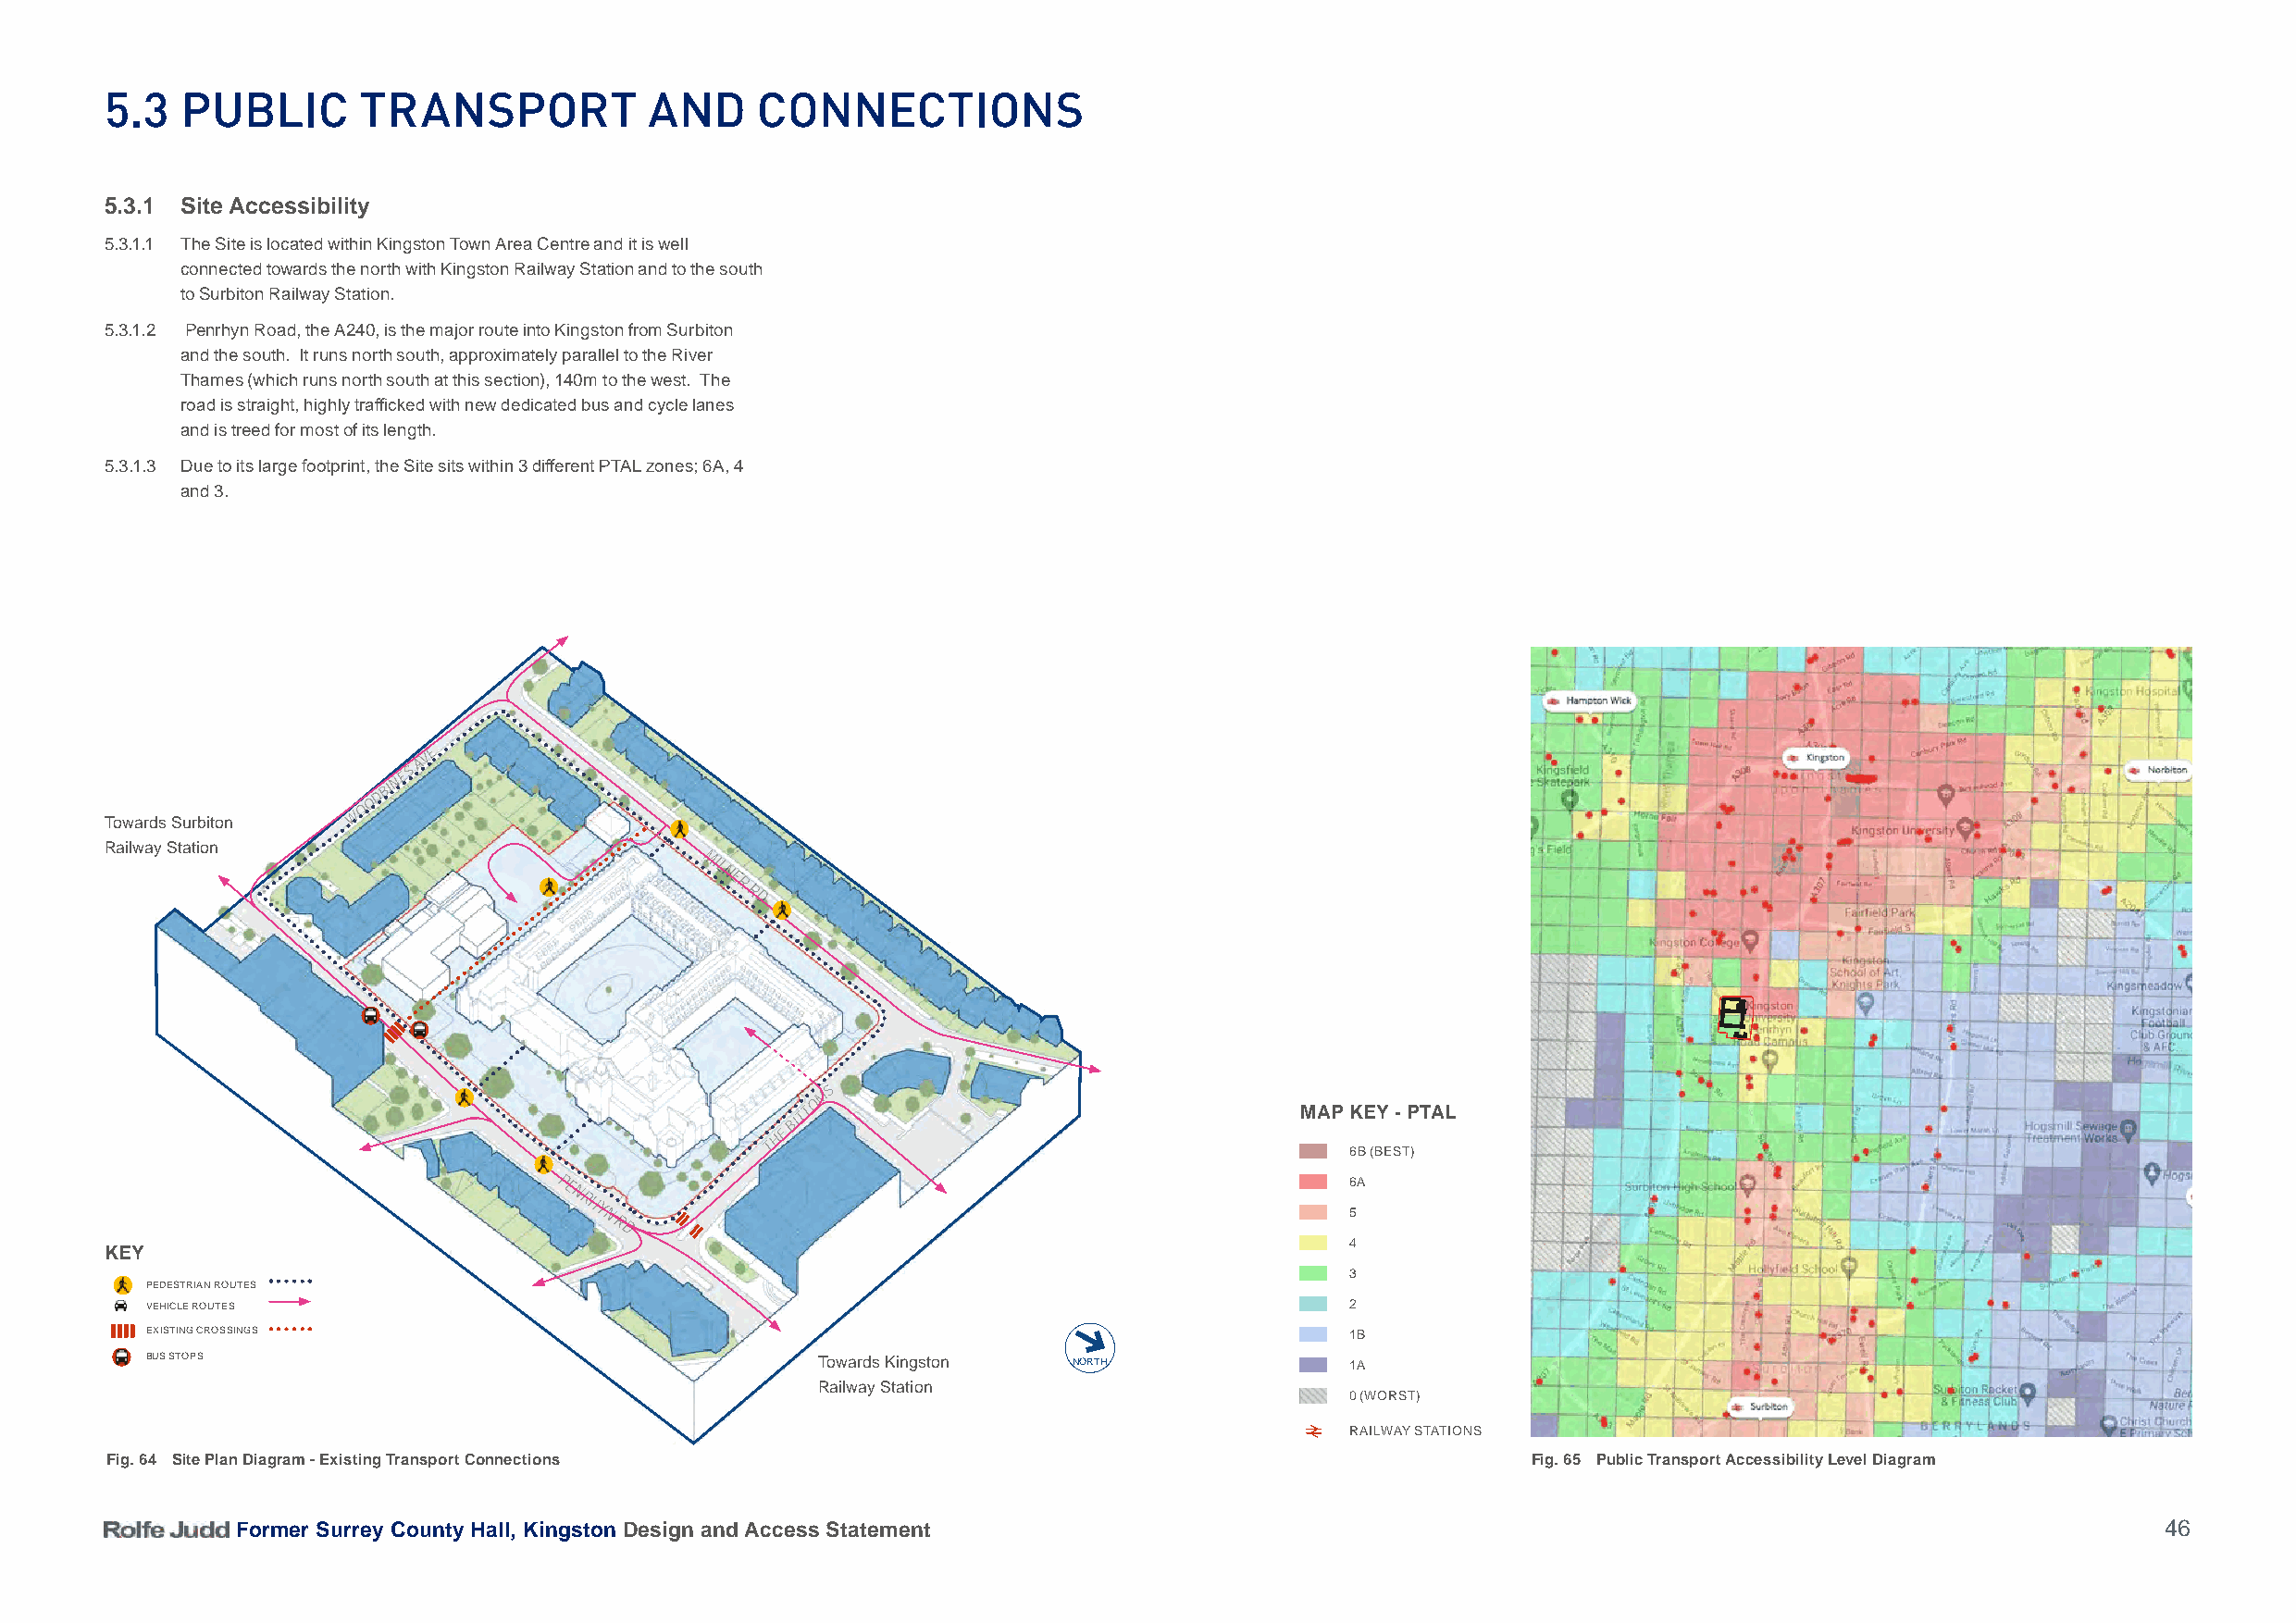
5.3   PuBliC       tranSPort           anD     ConneCtionS
 5.3.1 Site Accessibility
 5.3.1.1 The Site is located within Kingston Town Area Centre and it is well
 connected towards the north with Kingston Railway Station and to the south
 to Surbiton Railway Station.
 5.3.1.2 Penrhyn Road, the A240, is the major route into Kingston from Surbiton
 and the south. It runs north south, approximately parallel to the River
 Thames (which runs north south at this section), 140m to the west. The
 road is straight, highly trafficked with new dedicated bus and cycle lanes
 and is treed for most of its length.
 5.3.1.3 Due to its large footprint, the Site sits within 3 different PTAL zones; 6A, 4
 and 3.
 ES
 AVE
 N
 BI
 D
 O
 O
 W
 Towards Surbiton
 Railway Station
 MIL
 NE
 R
 R
 D
 S
 M
 O
 BITT                                 MAP KEY - PTAL
 E
 H
 T
 6B (BEST)
 PEN                                                      6A
 RHYN
 RD
 5
 4
 KEY
 3
 PEDESTRIAN ROUTES
 VEHICLE ROUTES                                                                         2
 EXISTING CROSSINGS                                                                     1B
 BUS STOPS                                       Towards Kingston   NORTH               1A
 Railway Station
 0 (WORST)
 RAILWAY STATIONS
 Fig. 64 Site Plan Diagram - Existing Transport Connections                                            Fig. 65 Public Transport Accessibility Level Diagram
 Former Surrey County Hall, Kingston Design and Access Statement                                                                           46